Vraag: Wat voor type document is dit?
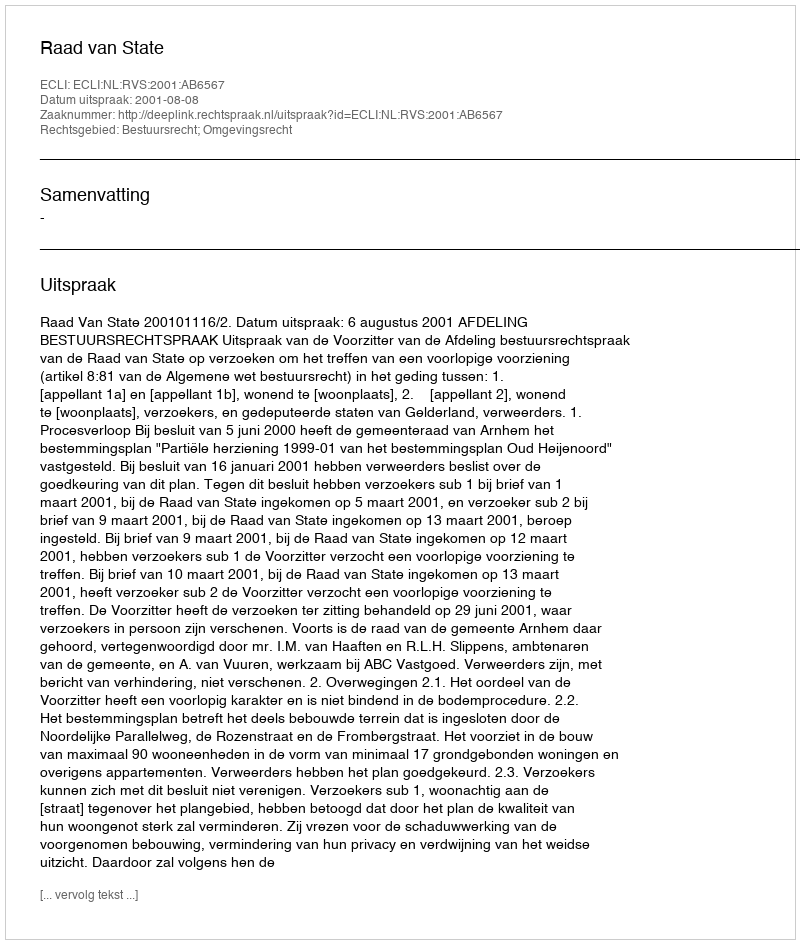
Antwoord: Uitspraak